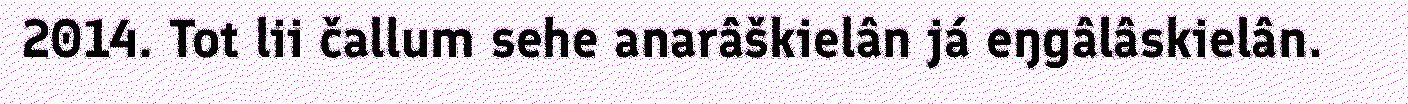
2014. Tot lii čallum sehe anarâškielân já eŋgâlâskielân.